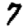
Digit: 7